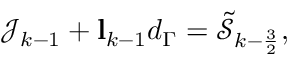
\begin{array} { r } { \mathcal { J } _ { k - 1 } + \mathbf { l } _ { k - 1 } d _ { \Gamma } = \tilde { \mathcal { S } } _ { k - \frac { 3 } { 2 } } , } \end{array}